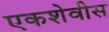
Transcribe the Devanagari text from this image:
एकशेवीस